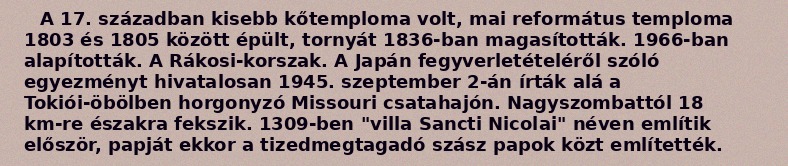
A 17. században kisebb kőtemploma volt, mai református temploma 1803 és 1805 között épült, tornyát 1836-ban magasították. 1966-ban alapították. A Rákosi-korszak. A Japán fegyverletételéről szóló egyezményt hivatalosan 1945. szeptember 2-án írták alá a Tokiói-öbölben horgonyzó Missouri csatahajón. Nagyszombattól 18 km-re északra fekszik. 1309-ben "villa Sancti Nicolai" néven említik először, papját ekkor a tizedmegtagadó szász papok közt említették.